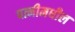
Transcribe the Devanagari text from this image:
पत्नीमधील